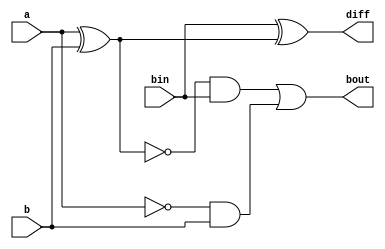

module fullsubtractor(a,b,bin, diff, bout);

input a,b,bin;
output diff, bout;

wire w1,w2,w3,w4,w5;

not(w1, a);
xor(w2, a,b);
not(w3, w2);
and(w4, w1, b);
and(w5, w3, bin);
or(bout, w5, w4);
xor(diff, bin, w2);

endmodule